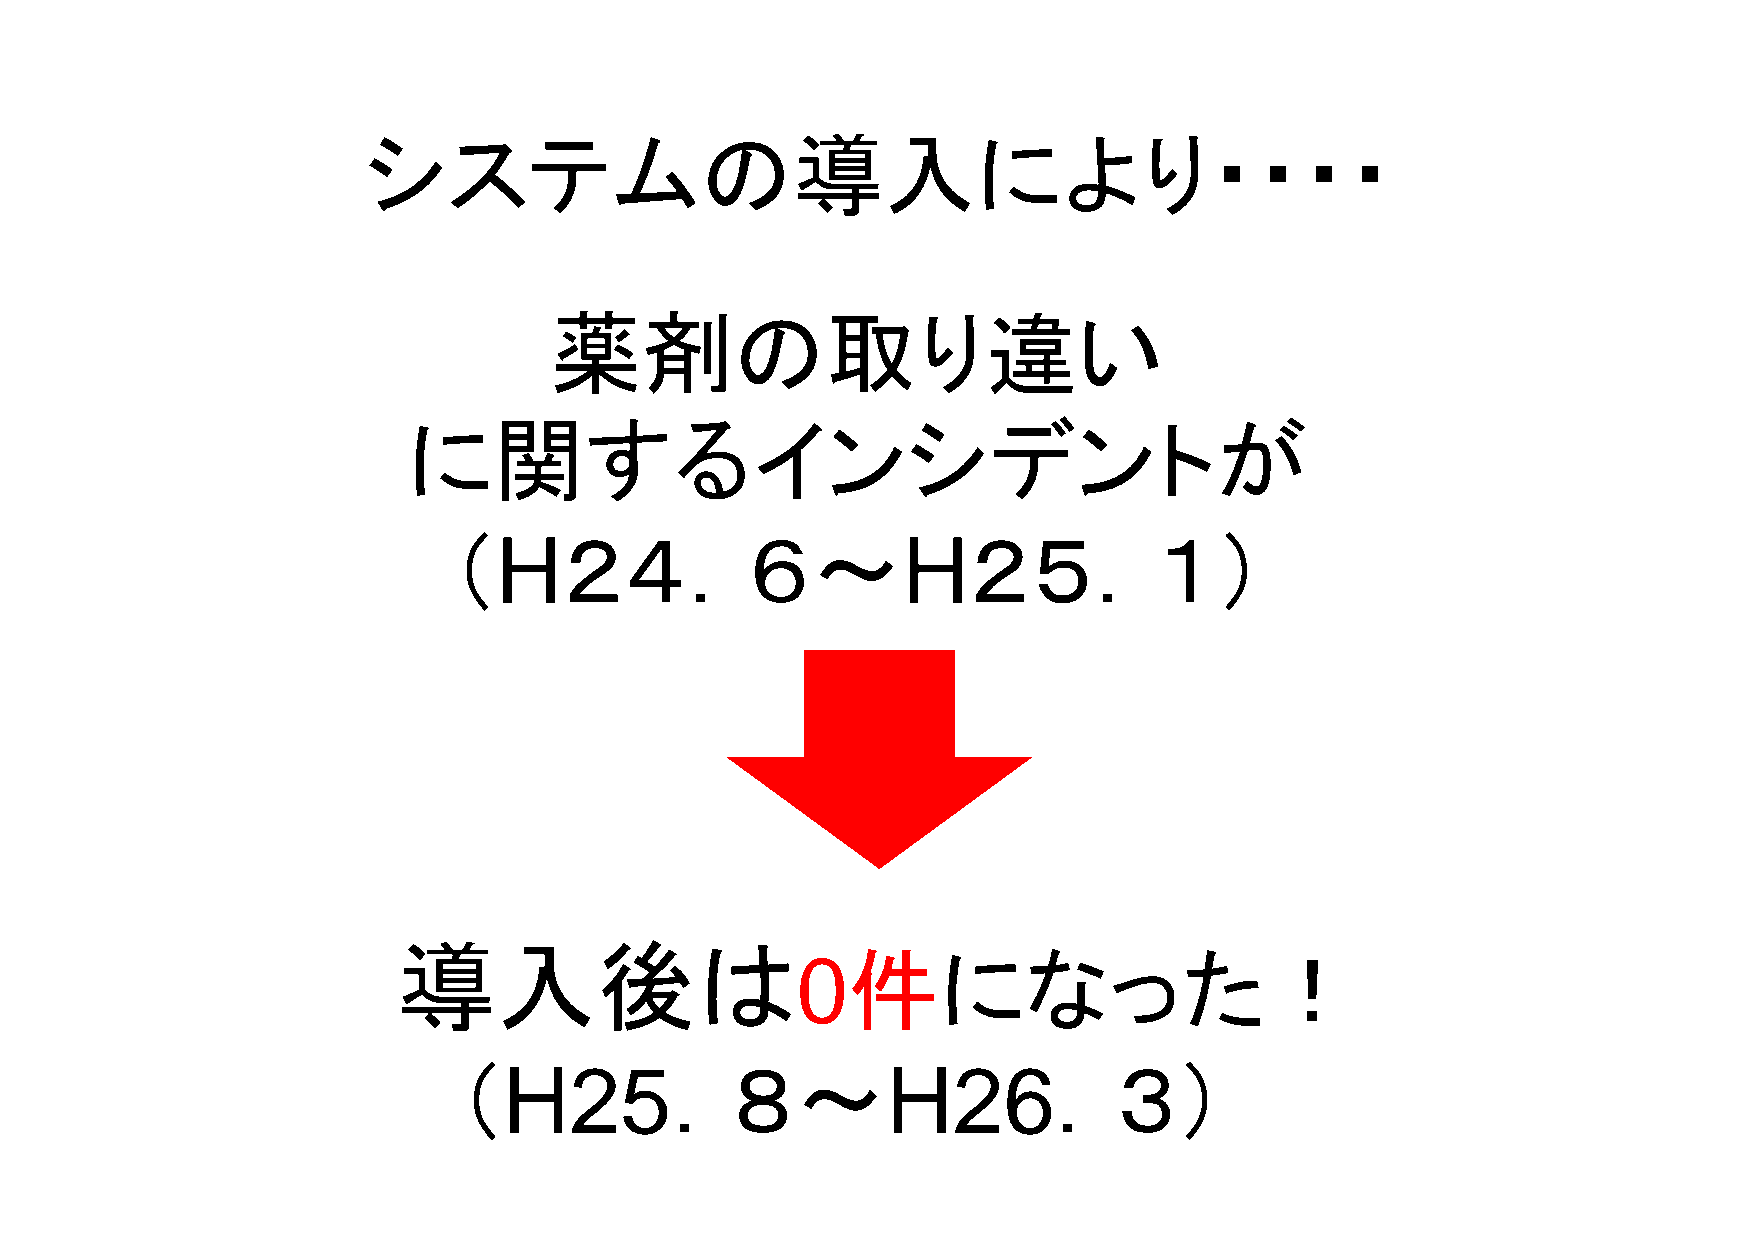
シシスステテムムのの導導入入にによよりり・・・・
 薬薬剤剤のの取取りり違違いい
 にに関関すするるイインンシシデデンントトがが
 （      ２４．６～                      ２５．１）
 H                          H
 導入後は
 件になった！
 0
 （             ．８～                       ．３）
 H25                       H26